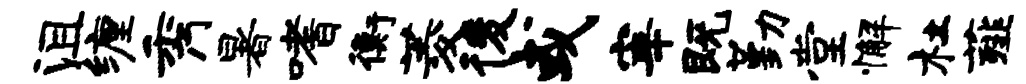
沮缠秀暑嗜衡菱後或宰既勤堂懈杜薤